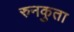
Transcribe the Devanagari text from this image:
रुनकुता